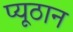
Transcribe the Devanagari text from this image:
प्यूठान